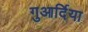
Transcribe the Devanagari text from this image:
गुआर्दिया